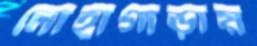
লোহাগাড়ায়